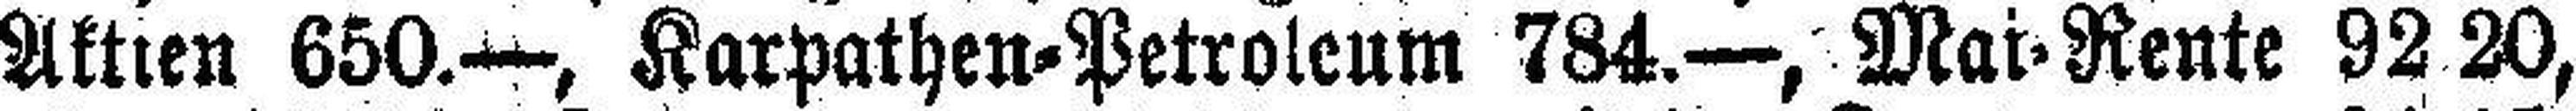
Aktien 650.—, Karpathen=Petroleum 784.—, Mai=Rente 92.20,